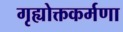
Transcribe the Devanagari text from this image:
गृह्योक्तकर्मणा